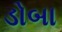
ડોબા